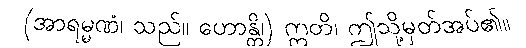
(အာရမ္မဏံ၊ သည်။ ဟောန္တိ၊) ဣတိ၊ ဤသို့မှတ်အပ်၏။